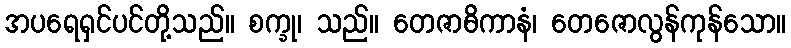
အပရေရှင်ပင်တို့သည်။ စက္ခု၊ သည်။ တေဇာဓိကာနံ၊ တေဇောလွန်ကုန်သော။